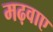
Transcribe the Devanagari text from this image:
मढ़वाए